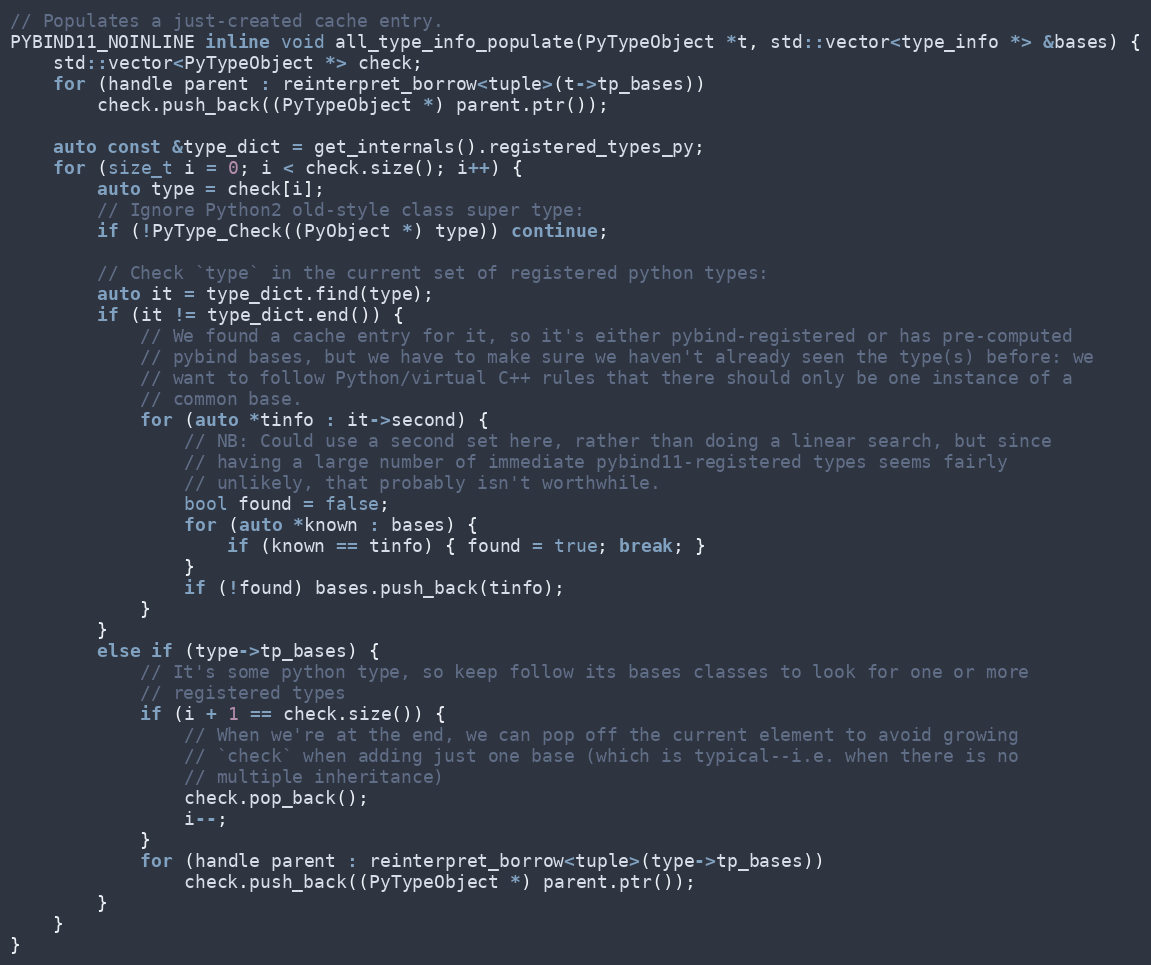
Language: C
// Populates a just-created cache entry.
PYBIND11_NOINLINE inline void all_type_info_populate(PyTypeObject *t, std::vector<type_info *> &bases) {
    std::vector<PyTypeObject *> check;
    for (handle parent : reinterpret_borrow<tuple>(t->tp_bases))
        check.push_back((PyTypeObject *) parent.ptr());

    auto const &type_dict = get_internals().registered_types_py;
    for (size_t i = 0; i < check.size(); i++) {
        auto type = check[i];
        // Ignore Python2 old-style class super type:
        if (!PyType_Check((PyObject *) type)) continue;

        // Check `type` in the current set of registered python types:
        auto it = type_dict.find(type);
        if (it != type_dict.end()) {
            // We found a cache entry for it, so it's either pybind-registered or has pre-computed
            // pybind bases, but we have to make sure we haven't already seen the type(s) before: we
            // want to follow Python/virtual C++ rules that there should only be one instance of a
            // common base.
            for (auto *tinfo : it->second) {
                // NB: Could use a second set here, rather than doing a linear search, but since
                // having a large number of immediate pybind11-registered types seems fairly
                // unlikely, that probably isn't worthwhile.
                bool found = false;
                for (auto *known : bases) {
                    if (known == tinfo) { found = true; break; }
                }
                if (!found) bases.push_back(tinfo);
            }
        }
        else if (type->tp_bases) {
            // It's some python type, so keep follow its bases classes to look for one or more
            // registered types
            if (i + 1 == check.size()) {
                // When we're at the end, we can pop off the current element to avoid growing
                // `check` when adding just one base (which is typical--i.e. when there is no
                // multiple inheritance)
                check.pop_back();
                i--;
            }
            for (handle parent : reinterpret_borrow<tuple>(type->tp_bases))
                check.push_back((PyTypeObject *) parent.ptr());
        }
    }
}